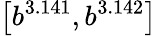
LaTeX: \left[b^{3.141},b^{3.142}\right]